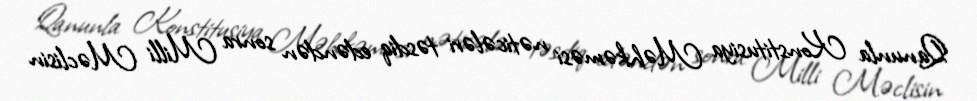
Qanunla Konstitusiya Məhkəməsi nəticələri təsdiq edəndən sonra Milli Məclisin